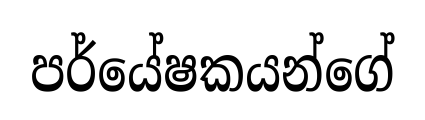
පර්යේෂකයන්ගේ